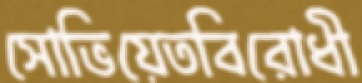
সোভিয়েতবিরোধী